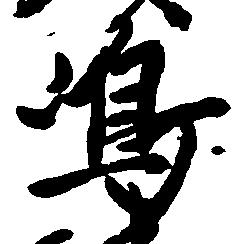
嶋